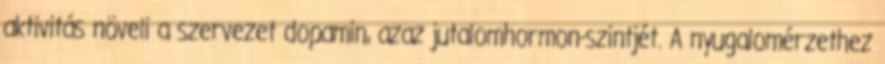
aktivitás növeli a szervezet dopamin, azaz jutalomhormon-szintjét. A nyugalomérzethez